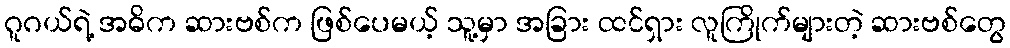
ဂူဂယ်ရဲ့ အဓိက ဆားဗစ်က ဖြစ်ပေမယ့် သူ့မှာ အခြား ထင်ရှား လူကြိုက်များတဲ့ ဆားဗစ်တွေ